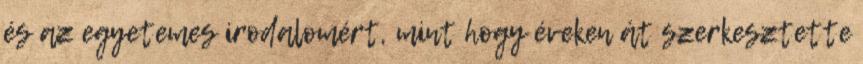
és az egyetemes irodalom­ért, mint hogy éveken át szerkesztette